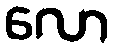
လော